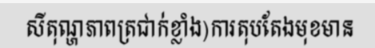
សីតុណ្ហភាពត្រជាក់ខ្លាំង)ការតុបតែងមុខមាន